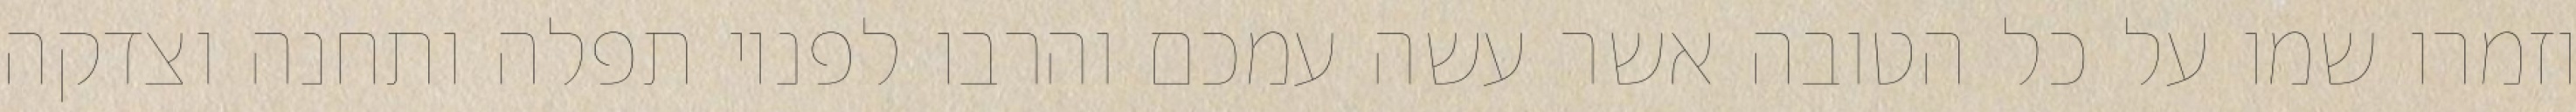
וזמרו שמו על כל הטובה אשר עשה עמכם והרבו לפניו תפלה ותחנה וצדקה